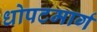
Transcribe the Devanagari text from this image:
धोपटमार्ग